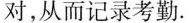
对，从而记录考勤。